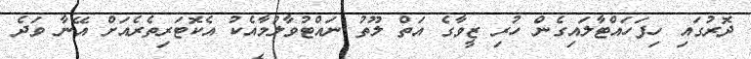
ދޮރުގައި ހިފަހައްޓާލައިގެން ހުރި ޒީވާގެ އަތް ލޫތު ނައްޓުވާލުމާއެކު އެކޮޓަރިތެރެއަށް އޭނާ ވަދެ